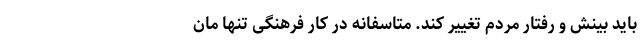
باید بینش و رفتار مردم تغییر کند. متاسفانه در کار فرهنگی تنها مان